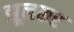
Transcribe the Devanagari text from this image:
झूलकर